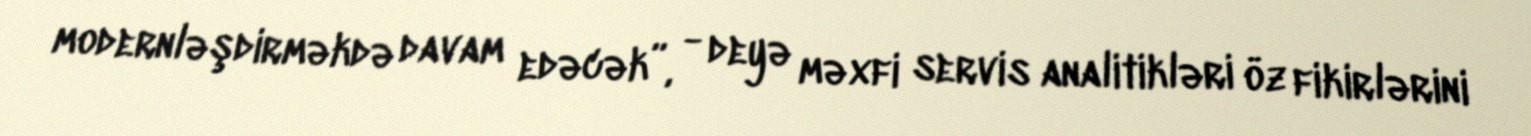
modernləşdirməkdə davam edəcək”, - deyə məxfi servis analitikləri öz fikirlərini